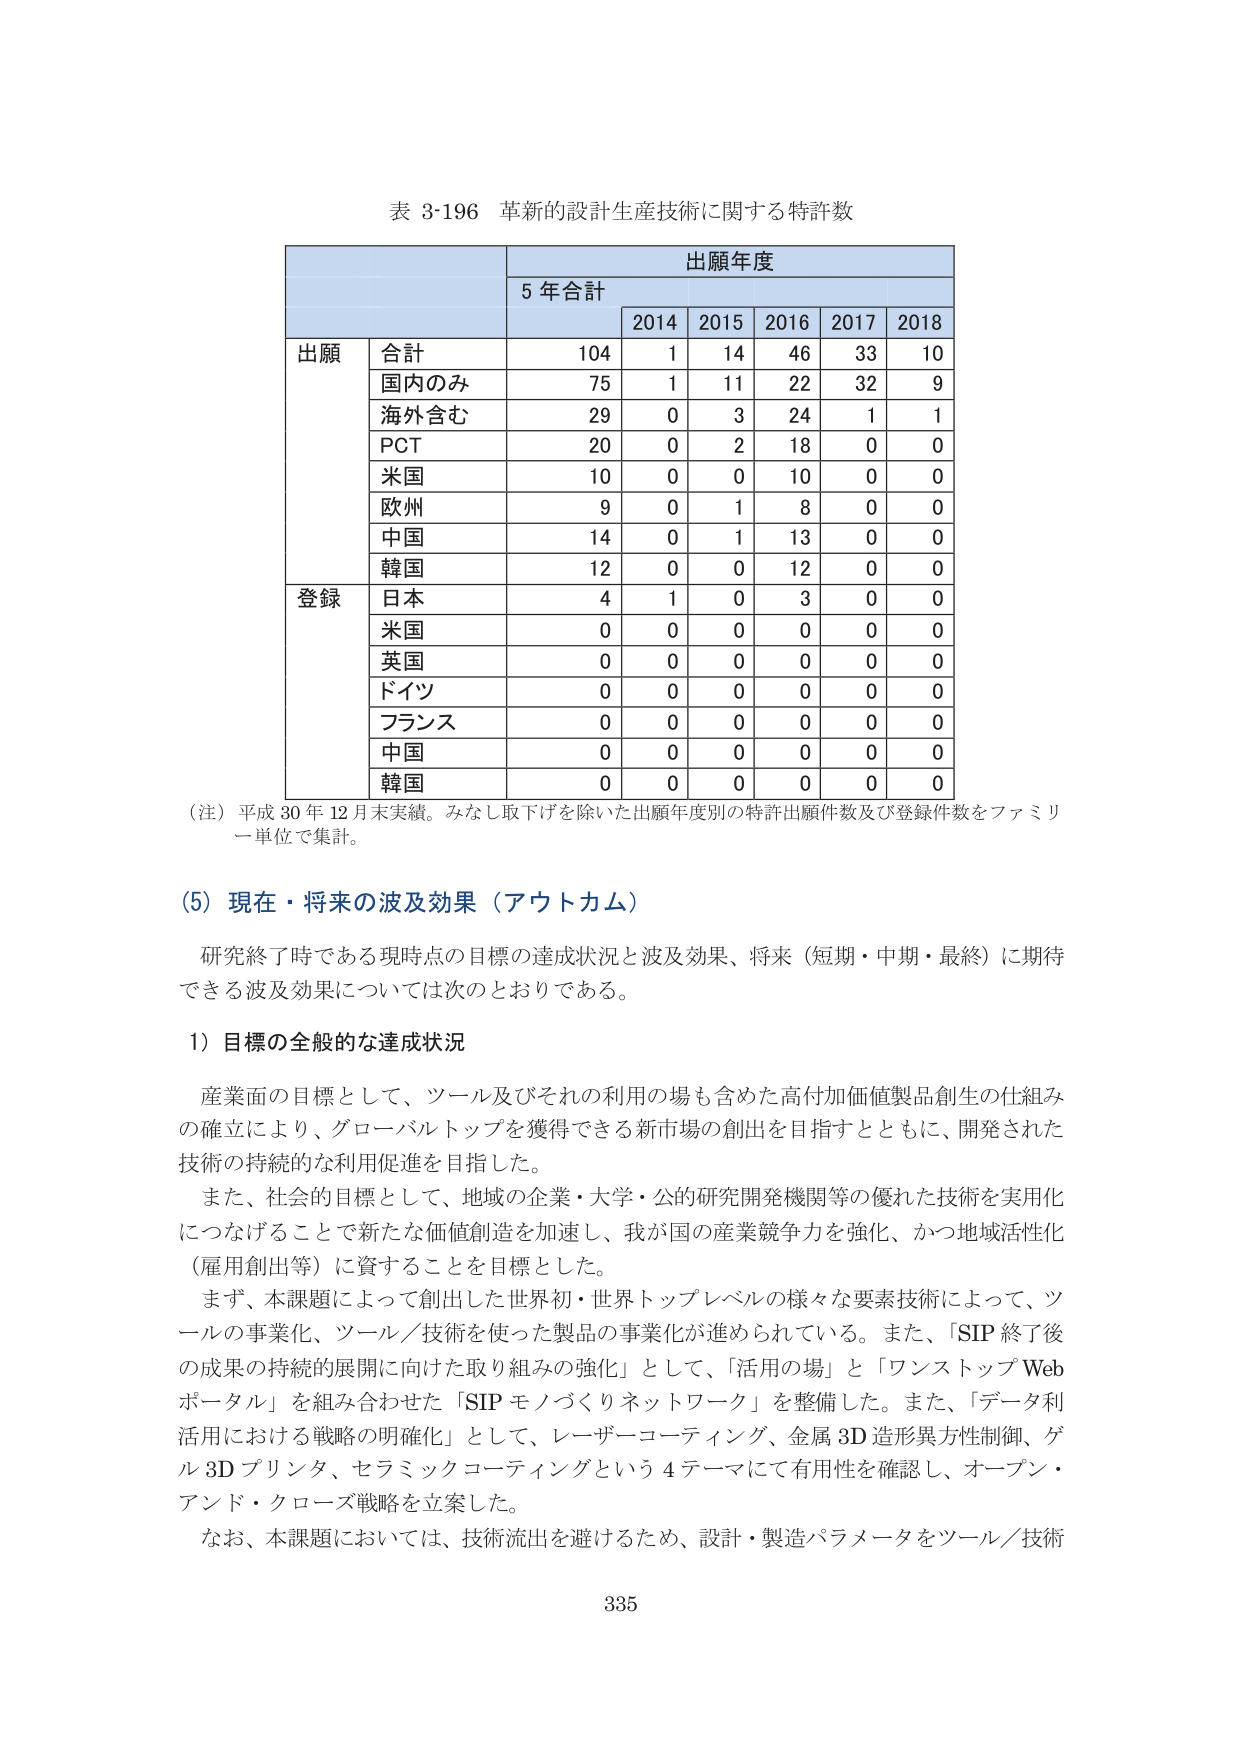
表 3-196 革新的設計生産技術に関する特許数

出願年度
5 年合計
2014 2015 2016 2017 2018

出願
合計 104 1 14 46 33 10
国内のみ 75 1 11 22 32 9
海外含む 29 0 3 24 1 1
PCT 20 0 2 18 0 0
米国 10 0 0 10 0 0
欧州 9 0 1 8 0 0
中国 14 0 1 13 0 0
韓国 12 0 0 12 0 0

登録
日本 4 1 0 3 0 0
米国 0 0 0 0 0 0
英国 0 0 0 0 0 0
ドイツ 0 0 0 0 0 0
フランス 0 0 0 0 0 0
中国 0 0 0 0 0 0
韓国 0 0 0 0 0 0

（注）平成 30 年 12 月末実績。みなし取下げを除いた出願年度別の特許出願件数及び登録件数をファミリー単位で集計。

（5）現在・将来の波及効果（アウトカム）

研究終了時である現時点の目標の達成状況と波及効果、将来（短期・中期・最終）に期待できる波及効果については次のとおりである。

1）目標の全般的な達成状況

産業面の目標として、ツール及びそれの利用の場も含めた高付加価値製品創生の仕組みの確立により、グローバルトップを獲得できる新市場の創出を目指すとともに、開発された技術の持続的な利用促進を目指した。

また、社会的目標として、地域の企業・大学・公的研究開発機関等の優れた技術を実用化につなげることで新たな価値創造を加速し、我が国の産業競争力を強化、かつ地域活性化（雇用創出等）に資することを目標とした。

まず、本課題によって創出した世界初・世界トップレベルの様々な要素技術によって、ツールの事業化、ツール／技術を使った製品の事業化が進められている。また、「SIP 終了後の成果の持続的展開に向けた取り組みの強化」として、「活用の場」と「ワンストップ Web ポータル」を組み合わせた「SIP モノづくりネットワーク」を整備した。また、「データ利活用における戦略の明確化」として、レーザーコーティング、金属 3D 造形異方性制御、ゲル 3D プリンタ、セラミックコーティングという 4 テーマにて有用性を確認し、オープン・アンド・クローズ戦略を立案した。

なお、本課題においては、技術流出を避けるため、設計・製造パラメータをツール／技術

335